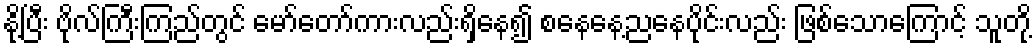
နို့ပြီး ဗိုလ်ကြီးကြည်တွင် မော်တော်ကားလည်းရှိနေ၍ စနေနေ့ညနေပိုင်းလည်း ဖြစ်သောကြောင့် သူတို့